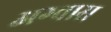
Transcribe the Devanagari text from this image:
अग्वास